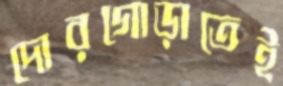
দোরগোড়াতেই